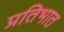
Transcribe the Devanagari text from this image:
प्रतिभात